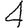
Digit: 4